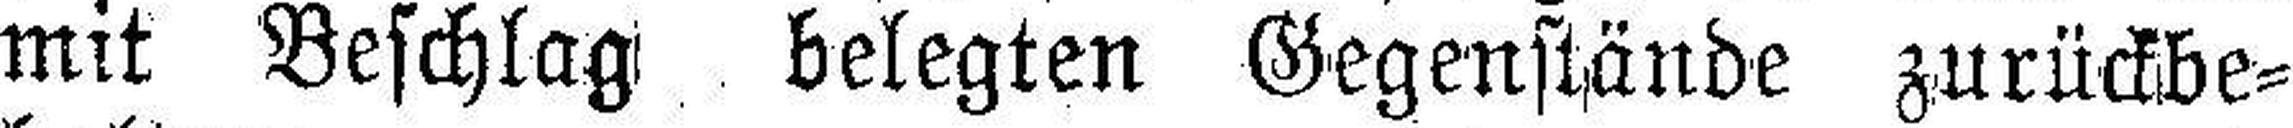
mit Beschlag belegten Gegenstände zurückbe¬